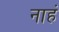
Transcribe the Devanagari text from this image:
नाहं